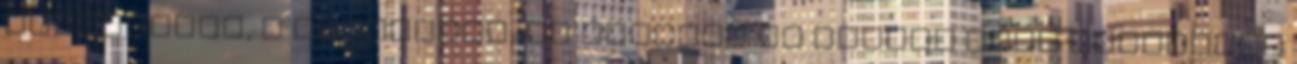
lendületet, a hajtóerőt, az ihletet és minden mást könnyedén